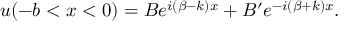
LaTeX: u ( - b < x < 0 ) = B e ^ { i ( \beta - k ) x } + B ^ { \prime } e ^ { - i ( \beta + k ) x } .